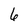
Character: 6